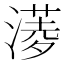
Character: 𣾖